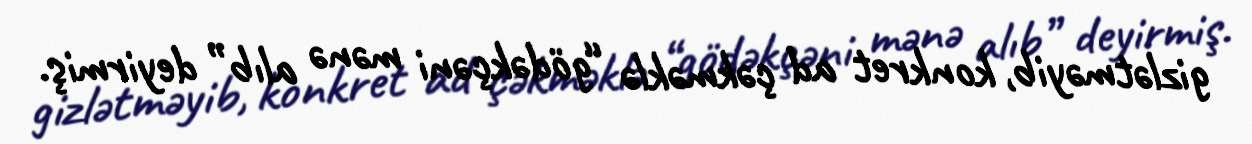
gizlətməyib, konkret ad çəkməklə “gödəkçəni mənə alıb” deyirmiş.